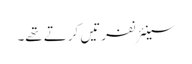
سینئر نفرتیں کرتے تھے۔